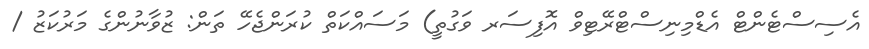
އެސިސްޓެންޓް އެޑްމިނިސްޓްރޭޓިވް އޮފިސަރ ވަގުތީ) މަސައްކަތް ކުރަންޖެހޭ ތަން: ޒުވާނުންގެ މަރުކަޒު /